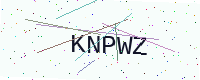
Text: KNPWZ